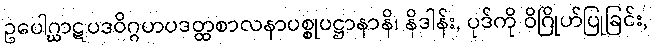
ဥပေါဂ္ဃာဋပဒဝိဂ္ဂဟပဒတ္ထစာလနာပစ္စုပဋ္ဌာနာနိ၊ နိဒါန်း, ပုဒ်ကို ဝိဂြိုဟ်ပြုခြင်း,